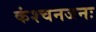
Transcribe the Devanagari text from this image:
कंश्चनजनः